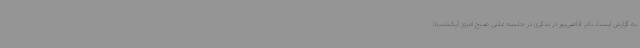
به گزارش ایسنا، نادر قاضی‌پور در تذکری در جلسه علنی صبح امروز (یکشنبه)